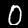
Digit: 0